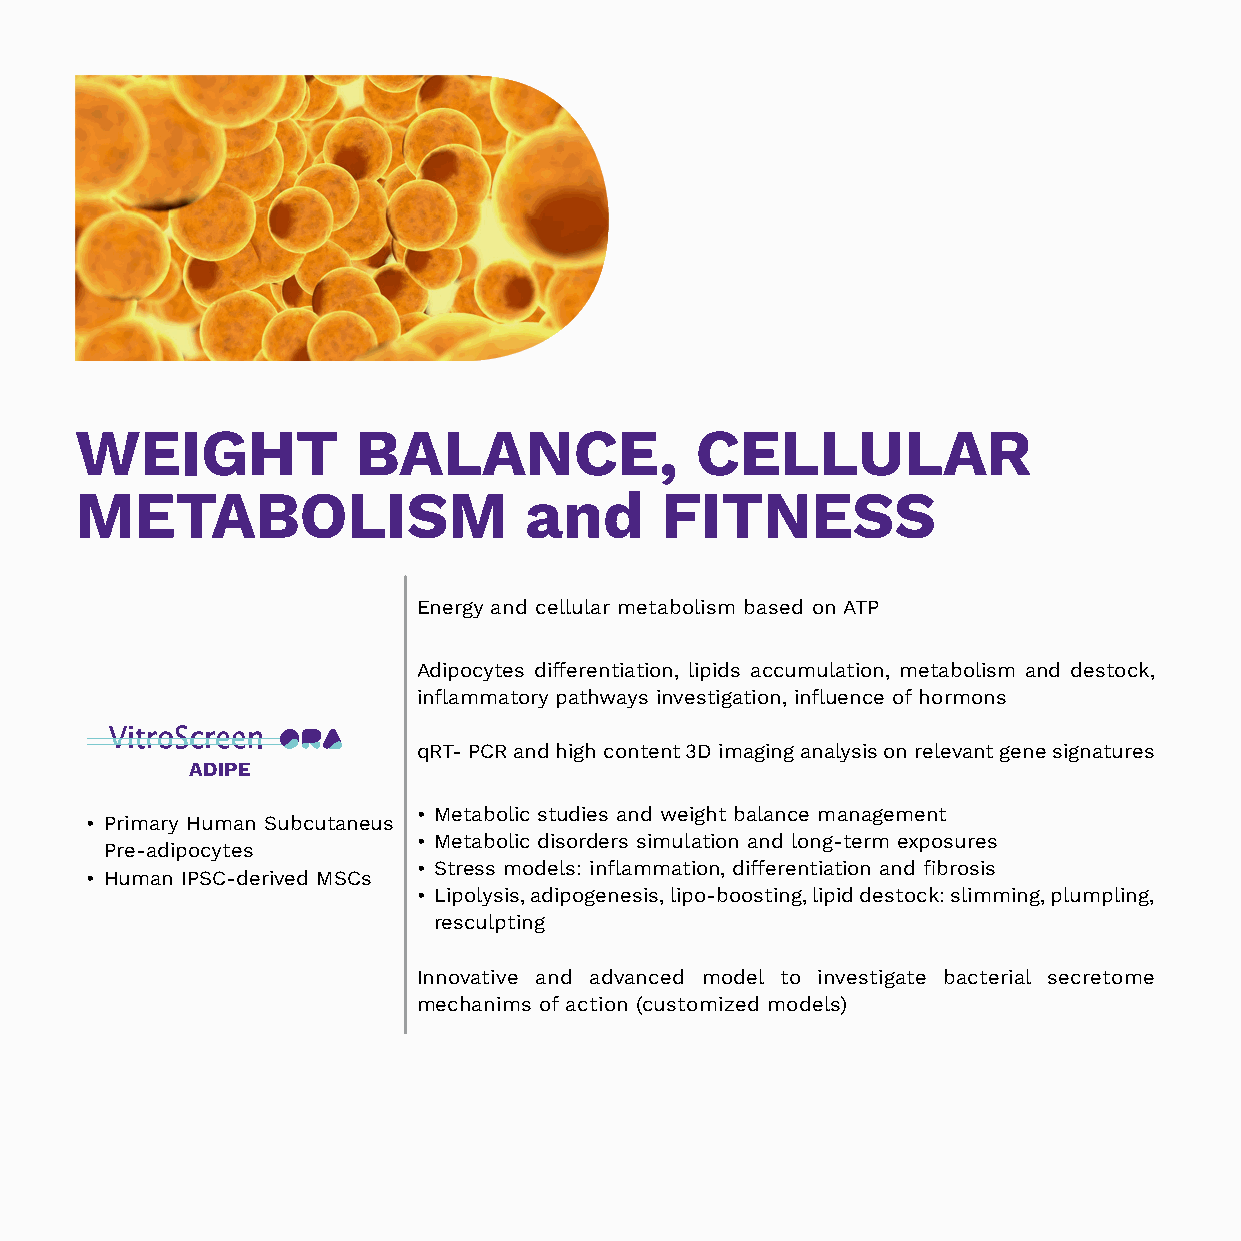
WEIGHT            BALANCE,               CELLULAR
 METABOLISM                    and      FITNESS
 Energy and cellular metabolism based on ATP
 Adipocytes differentiation, lipids accumulation, metabolism and destock,
 inflammatory pathways investigation, influence of hormons
 qRT- PCR and high content 3D imaging analysis on relevant gene signatures
 ADIPE
 • Metabolic studies and weight balance management
 • Primary Human Subcutaneus
 • Metabolic disorders simulation and long-term exposures
 Pre-adipocytes
 • Stress models: inflammation, differentiation and fibrosis
 • Human IPSC-derived MSCs
 • Lipolysis, adipogenesis, lipo-boosting, lipid destock: slimming, plumpling,
 resculpting
 Innovative and advanced model to investigate bacterial secretome
 mechanims of action (customized models)